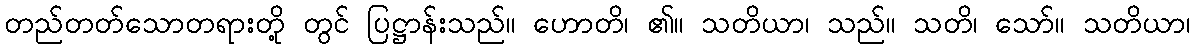
တည်တတ်သောတရားတို့ တွင် ပြဋ္ဌာန်းသည်။ ဟောတိ၊ ၏။ သတိယာ၊ သည်။ သတိ၊ သော်။ သတိယာ၊